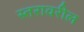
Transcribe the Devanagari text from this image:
स्‍तरावरील